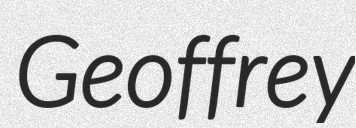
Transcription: Geoffrey